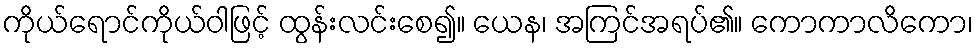
ကိုယ်ရောင်ကိုယ်ဝါဖြင့် ထွန်းလင်းစေ၍။ ယေန၊ အကြင်အရပ်၏။ ကောကာလိကော၊